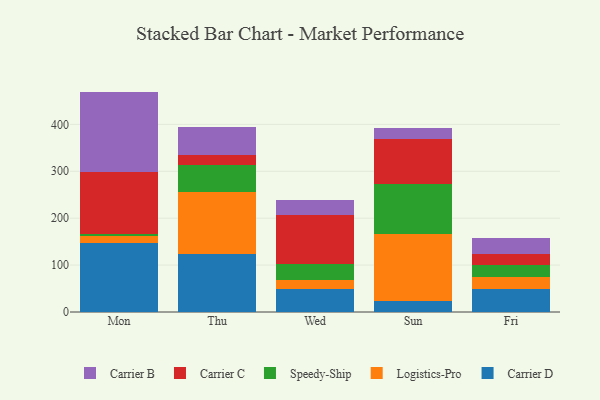
{"axis": {"x": "Day", "y": "Page Views"}, "legend": ["Carrier B", "Carrier C", "Carrier D", "Logistics-Pro", "Speedy-Ship"], "data": [{"x": "Mon", "y": 148.1, "type": "Carrier D"}, {"x": "Mon", "y": 13.7, "type": "Logistics-Pro"}, {"x": "Mon", "y": 5.2, "type": "Speedy-Ship"}, {"x": "Mon", "y": 132.5, "type": "Carrier C"}, {"x": "Mon", "y": 170.4, "type": "Carrier B"}, {"x": "Thu", "y": 124.6, "type": "Carrier D"}, {"x": "Thu", "y": 131.9, "type": "Logistics-Pro"}, {"x": "Thu", "y": 57.2, "type": "Speedy-Ship"}, {"x": "Thu", "y": 21.5, "type": "Carrier C"}, {"x": "Thu", "y": 59.9, "type": "Carrier B"}, {"x": "Wed", "y": 49.9, "type": "Carrier D"}, {"x": "Wed", "y": 19.1, "type": "Logistics-Pro"}, {"x": "Wed", "y": 33.0, "type": "Speedy-Ship"}, {"x": "Wed", "y": 105.0, "type": "Carrier C"}, {"x": "Wed", "y": 31.4, "type": "Carrier B"}, {"x": "Sun", "y": 24.0, "type": "Carrier D"}, {"x": "Sun", "y": 142.7, "type": "Logistics-Pro"}, {"x": "Sun", "y": 107.0, "type": "Speedy-Ship"}, {"x": "Sun", "y": 96.2, "type": "Carrier C"}, {"x": "Sun", "y": 21.5, "type": "Carrier B"}, {"x": "Fri", "y": 48.0, "type": "Carrier D"}, {"x": "Fri", "y": 26.3, "type": "Logistics-Pro"}, {"x": "Fri", "y": 26.6, "type": "Speedy-Ship"}, {"x": "Fri", "y": 22.5, "type": "Carrier C"}, {"x": "Fri", "y": 34.4, "type": "Carrier B"}]}